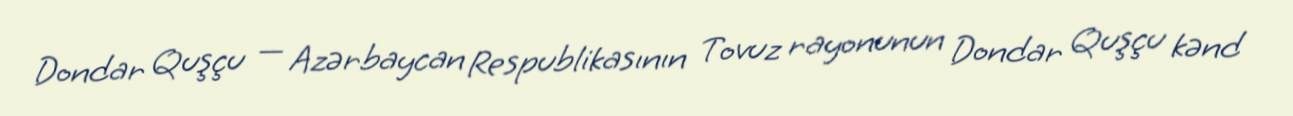
Dondar Quşçu — Azərbaycan Respublikasının Tovuz rayonunun Dondar Quşçu kənd